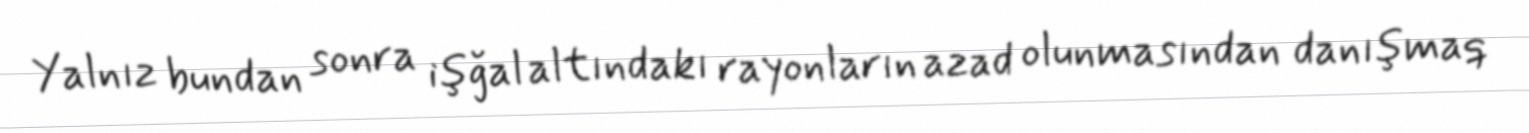
Yalnız bundan sonra işğal altındakı rayonların azad olunmasından danışmaq